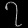
Digit: ၇